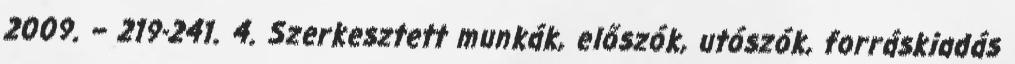
2009. – 219-241. 4. Szerkesztett munkák, előszók, utószók, forráskiadás